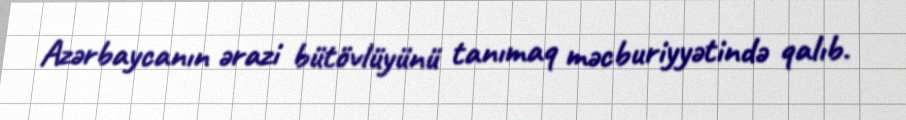
Azərbaycanın ərazi bütövlüyünü tanımaq məcburiyyətində qalıb.